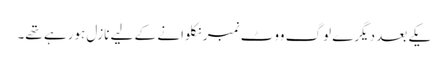
یکے بعد دیگرے لوگ ووٹ نمبر نکلوانے کے لیے نازل ہورہے تھے۔